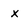
Character: x